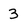
Character: 3